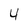
Character: 4